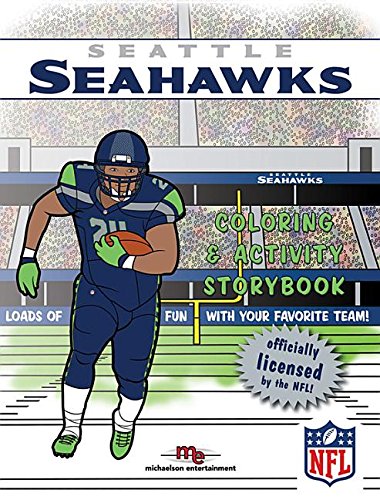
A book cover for Seattle Seahawks Coloring & Activity Storybook; Brad M. Epstein; Children's Books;